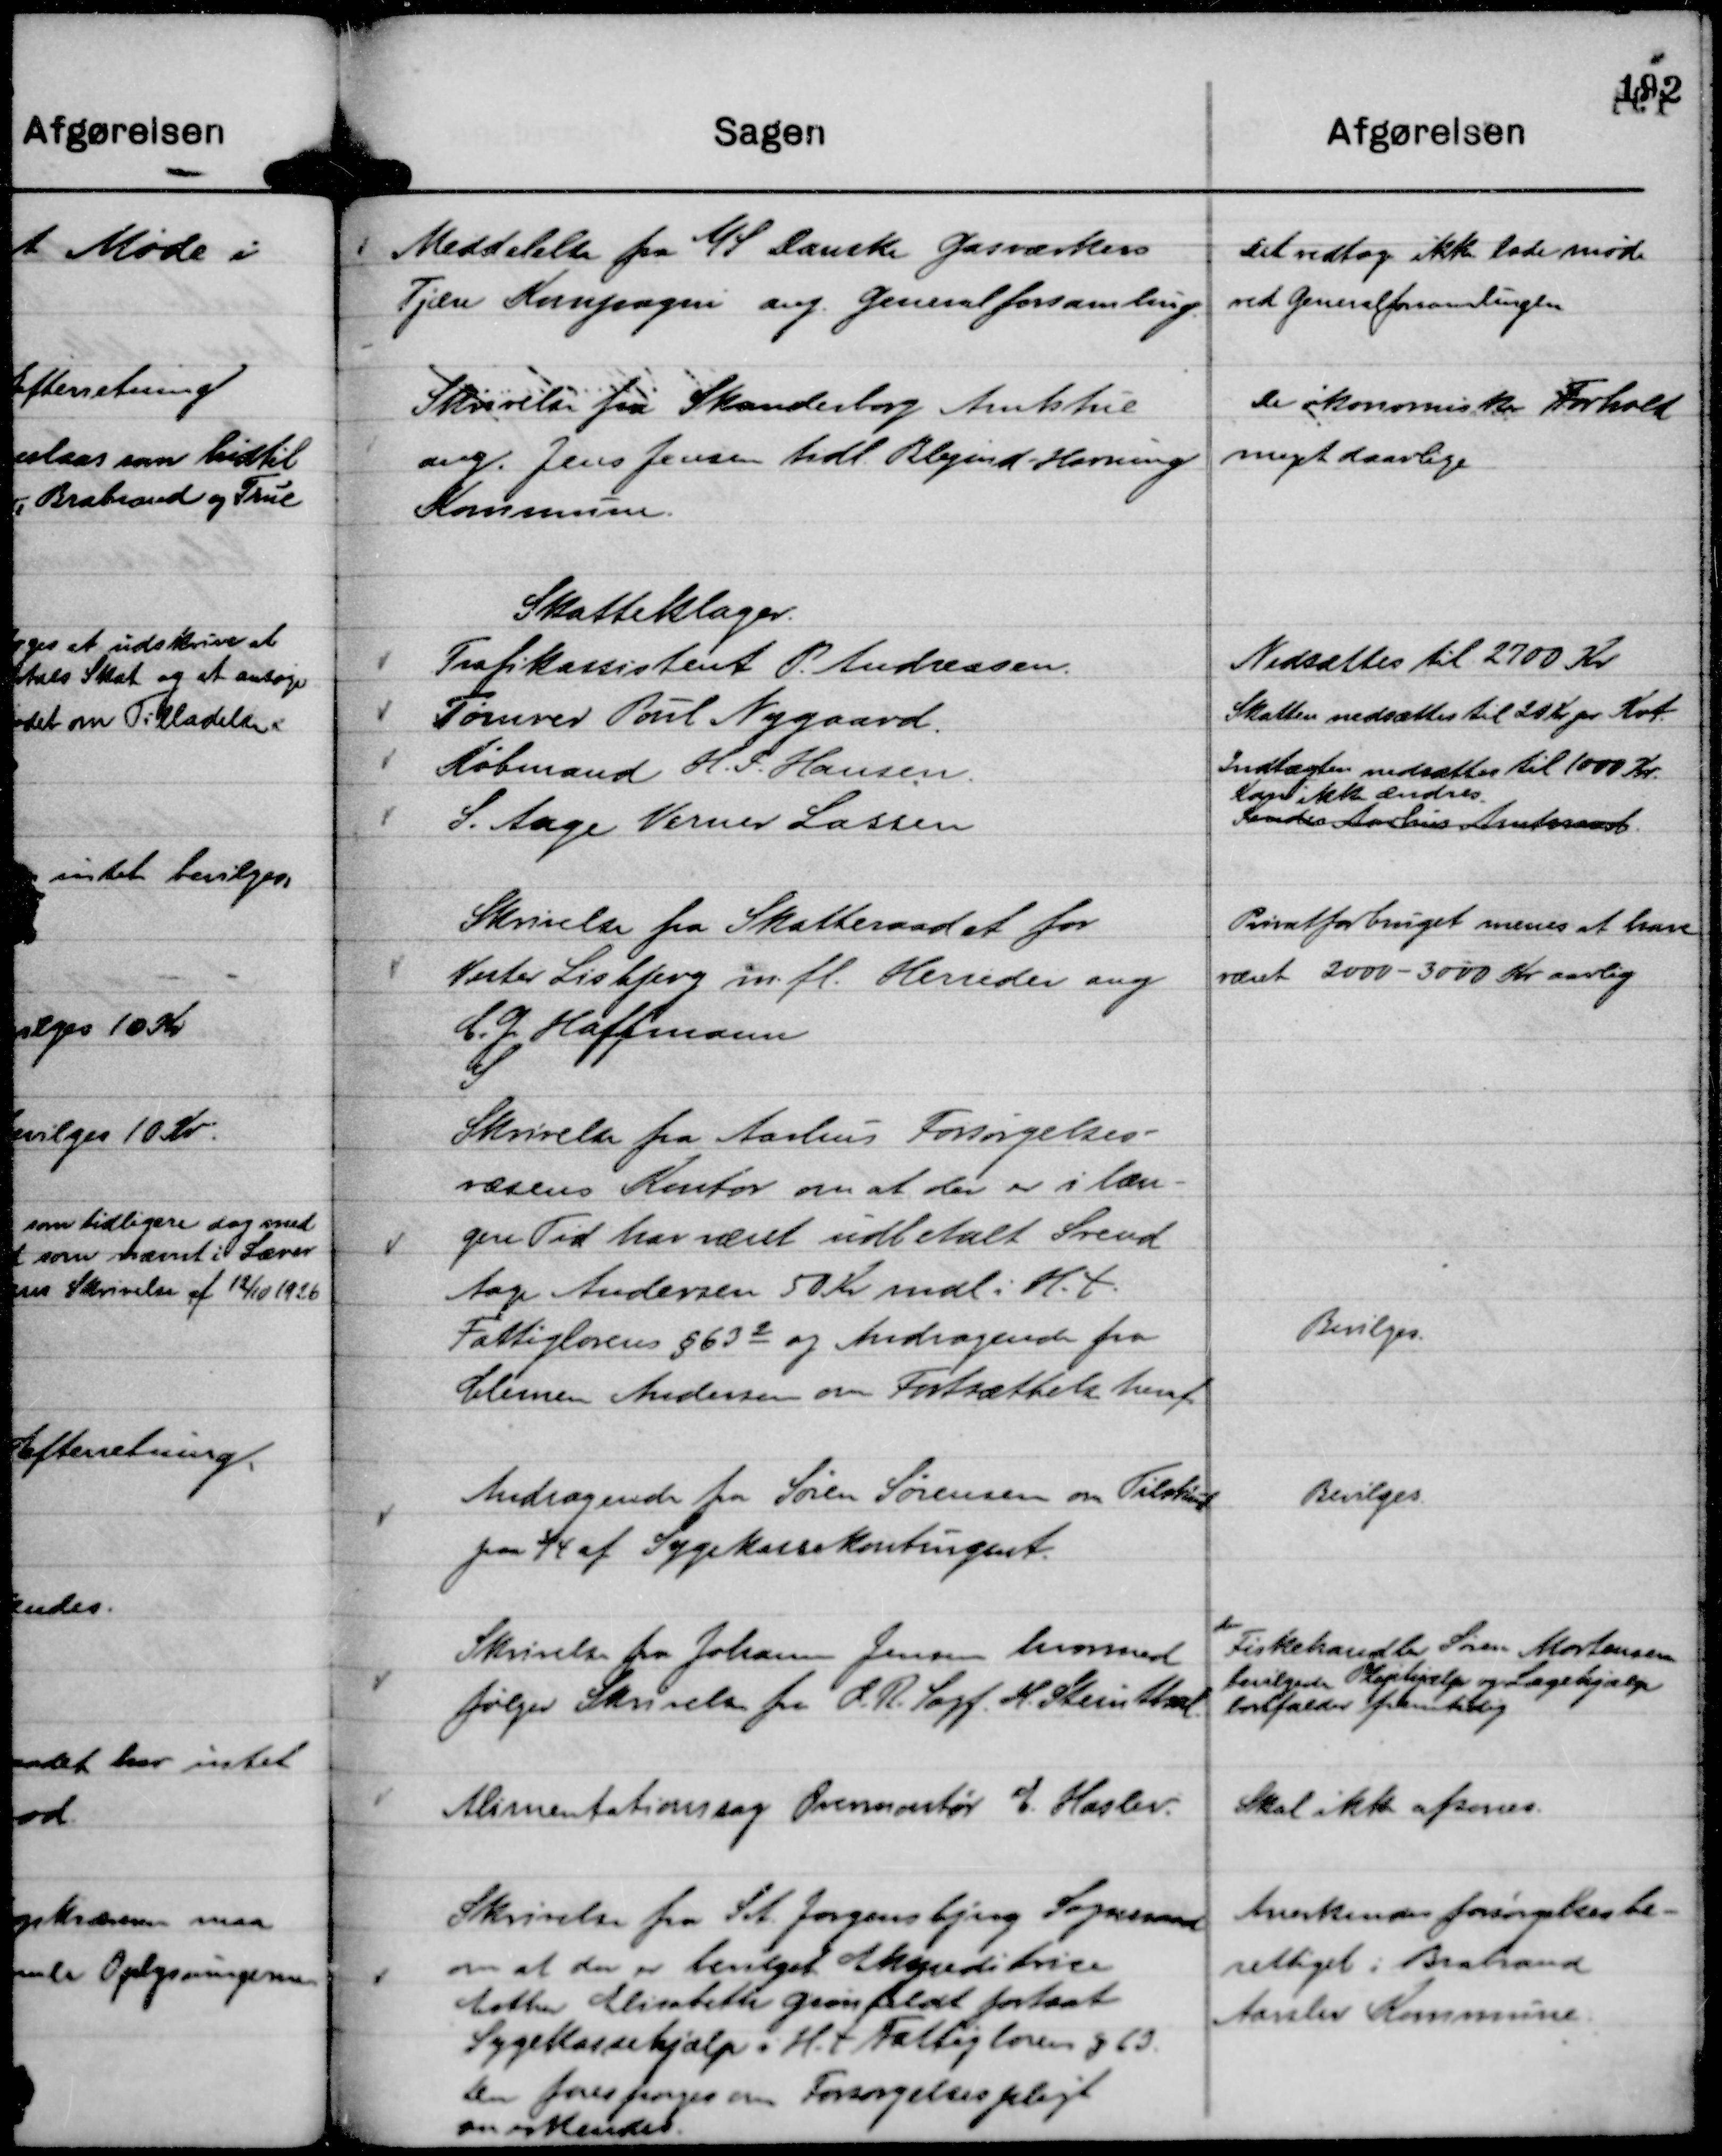
Transskription:
Meddelelse fra A/S Danske Gasværkers
Tjære Kompagni ang. Generalforsamling

Det vedtog ikke lade møde
ved Generalforsamlingen

Skrivelse fra Skanderborg Amtstue
ang. Jens Jensen tidl. Blegind - Hørning
Kommune.

De økonomiske Forhold
meget daarlige

Skrivelse fra Skatteraadet for
Vester Lisbjerg m. fl. Herreder ang
C. G. Haffmann

Privatforbruget menes at have
været 2000 - 3000 Kr aarlig

Skrivelse fra Aarhus Forsørgelses-
væsens Kontor om at der er i læn-
gere Tid har været udbetalt Svend
Aage Andersen 50 Kr mdl i H. t.
Fattiglovens § 63 2 og Andragende fra
Clemen Andersen om Fortsættelse heraf.

Bevilges.

Andragende fra Søren Sørensen om Tilskud
paa ¾ af Sygekassekontingent.

Bevilges.

Skrivelse fra Johann Jensen hvormed
følger Skrivelse fra L. R. Sagf. H. Steinthal.

den
Fiskehandler Søren Mortensen
bevilgede Plejehjælp og Lægehjælp
bortfalder fremtidig

Alimentationssag Overmontør E. Haslev.

Skal ikke afsones.

Skrivelse fra Sct. Jørgensbjerg Sogneraad
om at der er bevilget Ekspeditrice
Esther Elisabeth Grønfeldt fortsat
Sygekassehjælp i H. t. Fattigloven § 63.
Der forespørges om Forsørgelsespligt
en erkendes.

Anerkendes forsørgelsesbe-
rettiget i Brabrand
Aarslev Kommune